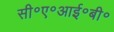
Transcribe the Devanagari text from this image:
सी॰ए॰आई॰बी॰